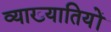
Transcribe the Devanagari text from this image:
व्याख्यातियों